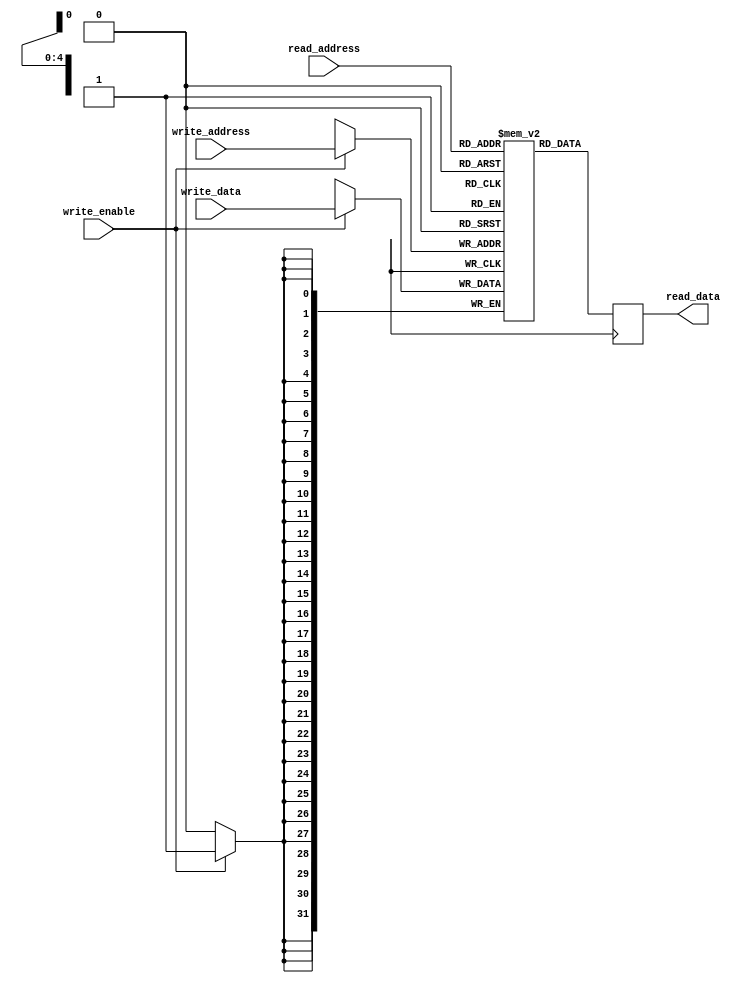
module register_file(
  input wire [4:0] read_address,
  input wire [4:0] write_address,
  input wire write_enable,
  input wire [31:0] write_data,
  output reg [31:0] read_data
);

reg [31:0] registers [31:0]; // Array of registers

always @ (posedge clk) begin
  if(write_enable) begin
    registers[write_address] <= write_data;
  end
  read_data <= registers[read_address];
end

endmodule